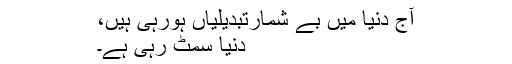
آج دنیا میں بے شمارتبدیلیاں ہورہی ہیں،
دنیا سمٹ رہی ہے۔